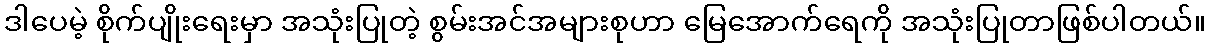
ဒါပေမဲ့ စိုက်ပျိုးရေးမှာ အသုံးပြုတဲ့ စွမ်းအင်အများစုဟာ မြေအောက်ရေကို အသုံးပြုတာဖြစ်ပါတယ်။